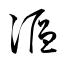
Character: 漚